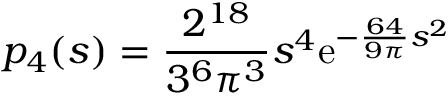
p _ { 4 } ( s ) = { \frac { 2 ^ { 1 8 } } { 3 ^ { 6 } \pi ^ { 3 } } } s ^ { 4 } \mathrm { e } ^ { - { \frac { 6 4 } { 9 \pi } } s ^ { 2 } }